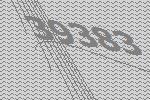
39383